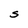
Character: S